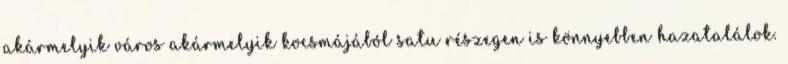
akármelyik város akármelyik kocsmájából satu részegen is könnyebben hazatalálok.